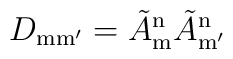
D_{\mathrm{mm'}} = \tilde A_{\mathrm{m}}^{\mathrm{n}} \tilde A_{\mathrm{m'}}^{\mathrm{n}}